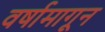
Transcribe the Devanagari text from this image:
वर्षामागून